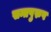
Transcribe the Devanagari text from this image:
सन्तपुरुष